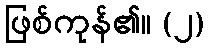
ဖြစ်ကုန်၏။ (၂)